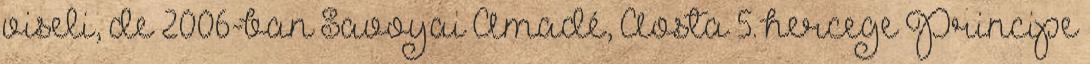
viseli, de 2006-ban Savoyai Amadé, Aosta 5. hercege Principe